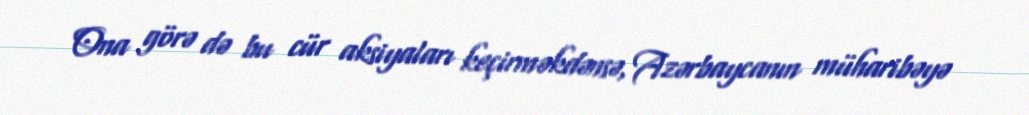
Ona görə də bu cür aksiyaları keçirməkdənsə, Azərbaycanın müharibəyə